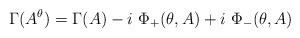
LaTeX: \begin{align*}\Gamma (A^\theta )=\Gamma (A) -i\ \Phi_+(\theta ,A)+i\ \Phi_-(\theta ,A)\end{align*}